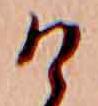
け